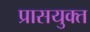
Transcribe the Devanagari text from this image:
प्रासयुक्त